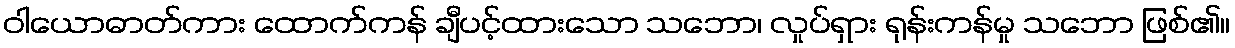
ဝါယောဓာတ်ကား ထောက်ကန် ချီပင့်ထားသော သဘော၊ လှုပ်ရှား ရုန်းကန်မှု သဘော ဖြစ်၏။